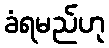
ခံရမည်ဟု